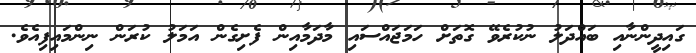
ގައިދީންނާއި ބައްދަލު ނުކުރެވޭ ގޮތަށް ހަމަޖައްސައި މާދަމާއިން ފެށިގެން އަމަލު ކުރަން ނިންމައިފިއެވެ.